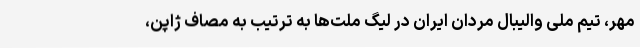
مهر، تیم ملی والیبال مردان ایران در لیگ ملت‌ها به ترتیب به مصاف ژاپن،